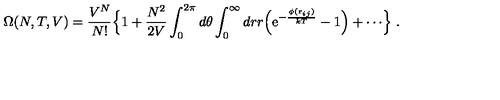
\Omega ( N , T , V ) = { \frac { V ^ { N } } { N ! } } \Bigl \{ 1 + { \frac { N ^ { 2 } } { 2 V } } \int _ { 0 } ^ { 2 \pi } d \theta \int _ { 0 } ^ { \infty } d r r \Bigl ( \mathrm { e } ^ { - { \frac { \phi ( { \bf r } _ { i j } ) } { k T } } } - 1 \Bigr ) + \cdots \Bigr \} \ .